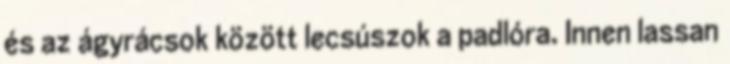
és az ágyrácsok között lecsúszok a padlóra. Innen lassan